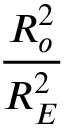
\frac { R _ { o } ^ { 2 } } { R _ { E } ^ { 2 } }